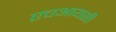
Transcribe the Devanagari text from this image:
एचआयसी